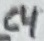
Text: C4